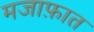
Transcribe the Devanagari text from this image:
मजाफ़ात